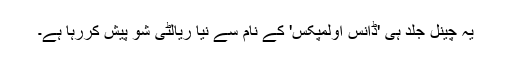
یہ چینل جلد ہی 'ڈانس اولمپکس' کے نام سے نیا ریالٹی شو پیش کررہا ہے۔